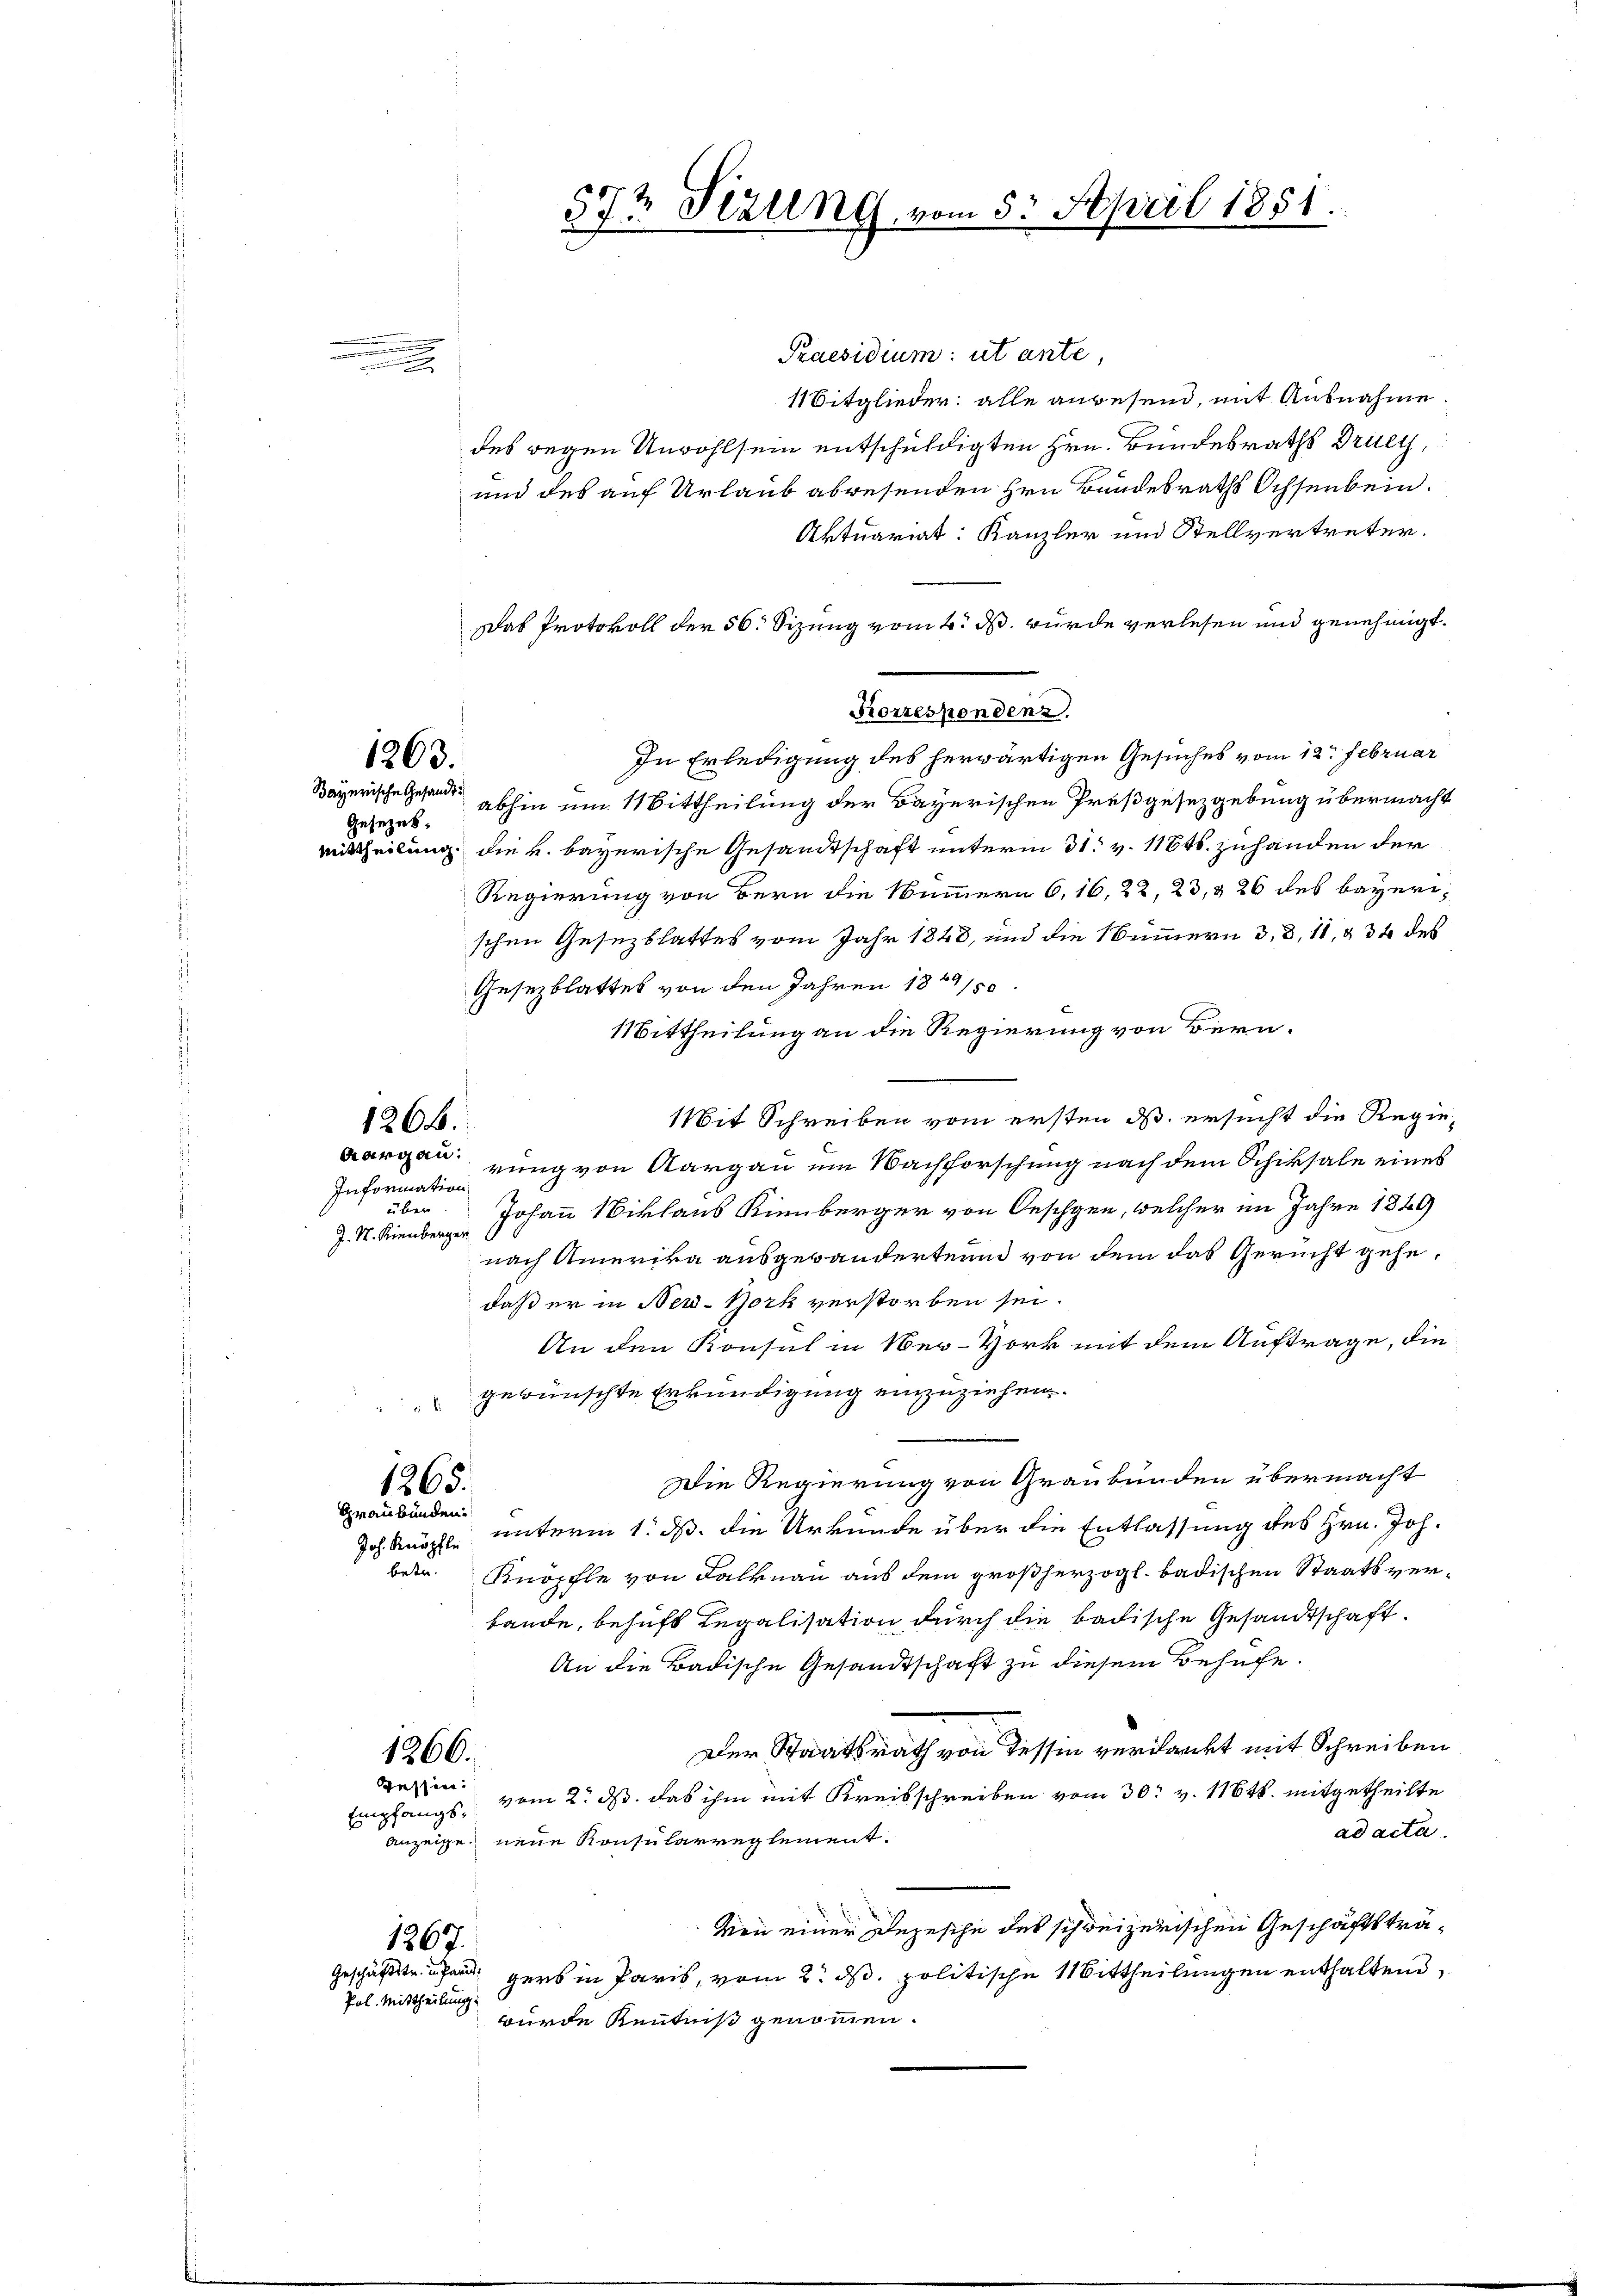
e
.

1263.
Gesezes¬

Information
über
J. N. Kienberger

.
n

1266.

Praesidium ut ante,
11Sitglieder: alle angesend, mit Ausnahme
des gegen Unwohl sein entschuldigten Hrn. Bundesraths Druey,
und des auf Urlaub abwesenden Hrn. Bundesraths Ochsenbein.
Aktuariat: Kanzler und Stellvertreter.
In Erledigung des herwärtigen Gesuches vom 12. Februar
Bayerische Gesandt abhin um 11 Bittheilung der Bayerischen Preßgesezgebung übermacht
Mittheilung, die u. bayerische Gesandtschaft unterm 31. v. 118t. zuhanden der
Regierung von Bern die Nummern 6, 16, 22, 23, & 26 des bayerischen Gesezblattes vom Jahr 1848, und die Summern d. d. 11, § 34 des
Gesezblattes von den Jahren 1849/50
Mittheilung an die Regierung von Bern.
Mit Schreiben vom ersten d. ersucht die Regie¬
Aargau, rung von Aargau um Nachforschung nach dem Schiksale eines
Johann Niklaus Kienberger von Oeschen, welcher im Jahre 1849
nach Amerika ausgebanderten von dem das Gericht gehe,
daß er in New-York verstorben sei.
An den Konsul in Ner-Hork mit dem Auftrage, die
gewünschte Erkundigung einzuziehen.

Die Regierung von Graubünden übermacht
1265.
Graubünden
Joh. Knöpfe unterm 1. d. die Urkunde über die Entlassung des Hrn. Joh.
betr. Knöpchle von Falknau aus dem großherzogl. badischen Staatsverbande, behaft Legalisation durch die badische Gesandtschaft.
An die Badische Gesandtschaft zu diesem Behufe.
Der Staatsrath von Tessin verdankt mit Schreiben
1266.
gettin vom 2. ds. das ihm mit Kreisschreiben vom 30. v. 11648. mitgetheilte
Empfangsad acta.
Anzeige neue Konsularreglement.
Von einer Depesche des schweizerischen Geschäftsträ¬
1267.
Geschäftsteuer gers in Paris, vom 2. ds. politische Mittheilungen enthaltend,
Pol. Mittheilung
wurde Kenntniß genommen.

das Protokoll der 56. Sizung vom 2. ds. wurde verlesen und genehmigt.
Korrespondenz.

57t Sizung vom 5. April 1851.